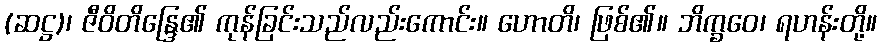
(ဆဋ္ဌ)၊ ဇီဝိတိန္ဒြေ၏ ကုန်ခြင်းသည်လည်းကောင်း။ ဟောတိ၊ ဖြစ်၏။ ဘိက္ခဝေ၊ ရဟန်းတို့။